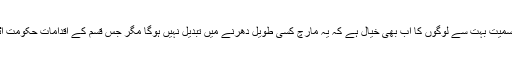
اگرچہ مجھ سمیت بہت سے لوگوں کا اب بھی خیال ہے کہ یہ مارچ کسی طویل دھرنے میں تبدیل نہیں ہوگا مگر جس قسم کے اقدامات حکومت اٹھا رہی ہے۔